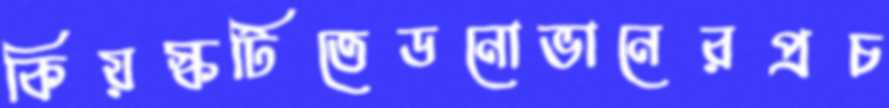
কিয়স্কটিতেডনোভানেরপ্রচ